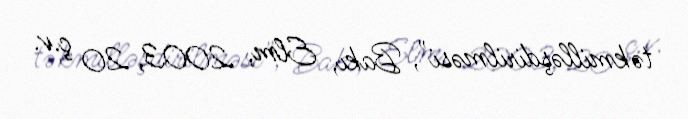
təkmilləşdirilməsi", Bakı, Elm, 2003, 20 ç.v.